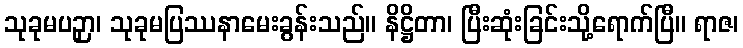
သုခုမပဉှာ၊ သုခုမပြဿနာမေးခွန်းသည်။ နိဋ္ဌိတာ၊ ပြီးဆုံးခြင်းသို့ရောက်ပြီ။ ရာဇ၊